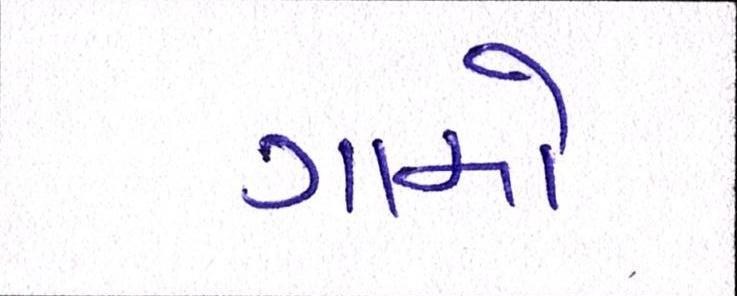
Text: ગામો